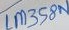
Text: LM358N